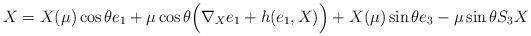
LaTeX: \begin{align*}X=X(\mu)\cos \theta e_1+\mu \cos \theta \Big(\nabla_{X}e_1 + h(e_1,X)\Big)+X(\mu) \sin \theta{e_3}-\mu \sin \theta S_{3}X\end{align*}